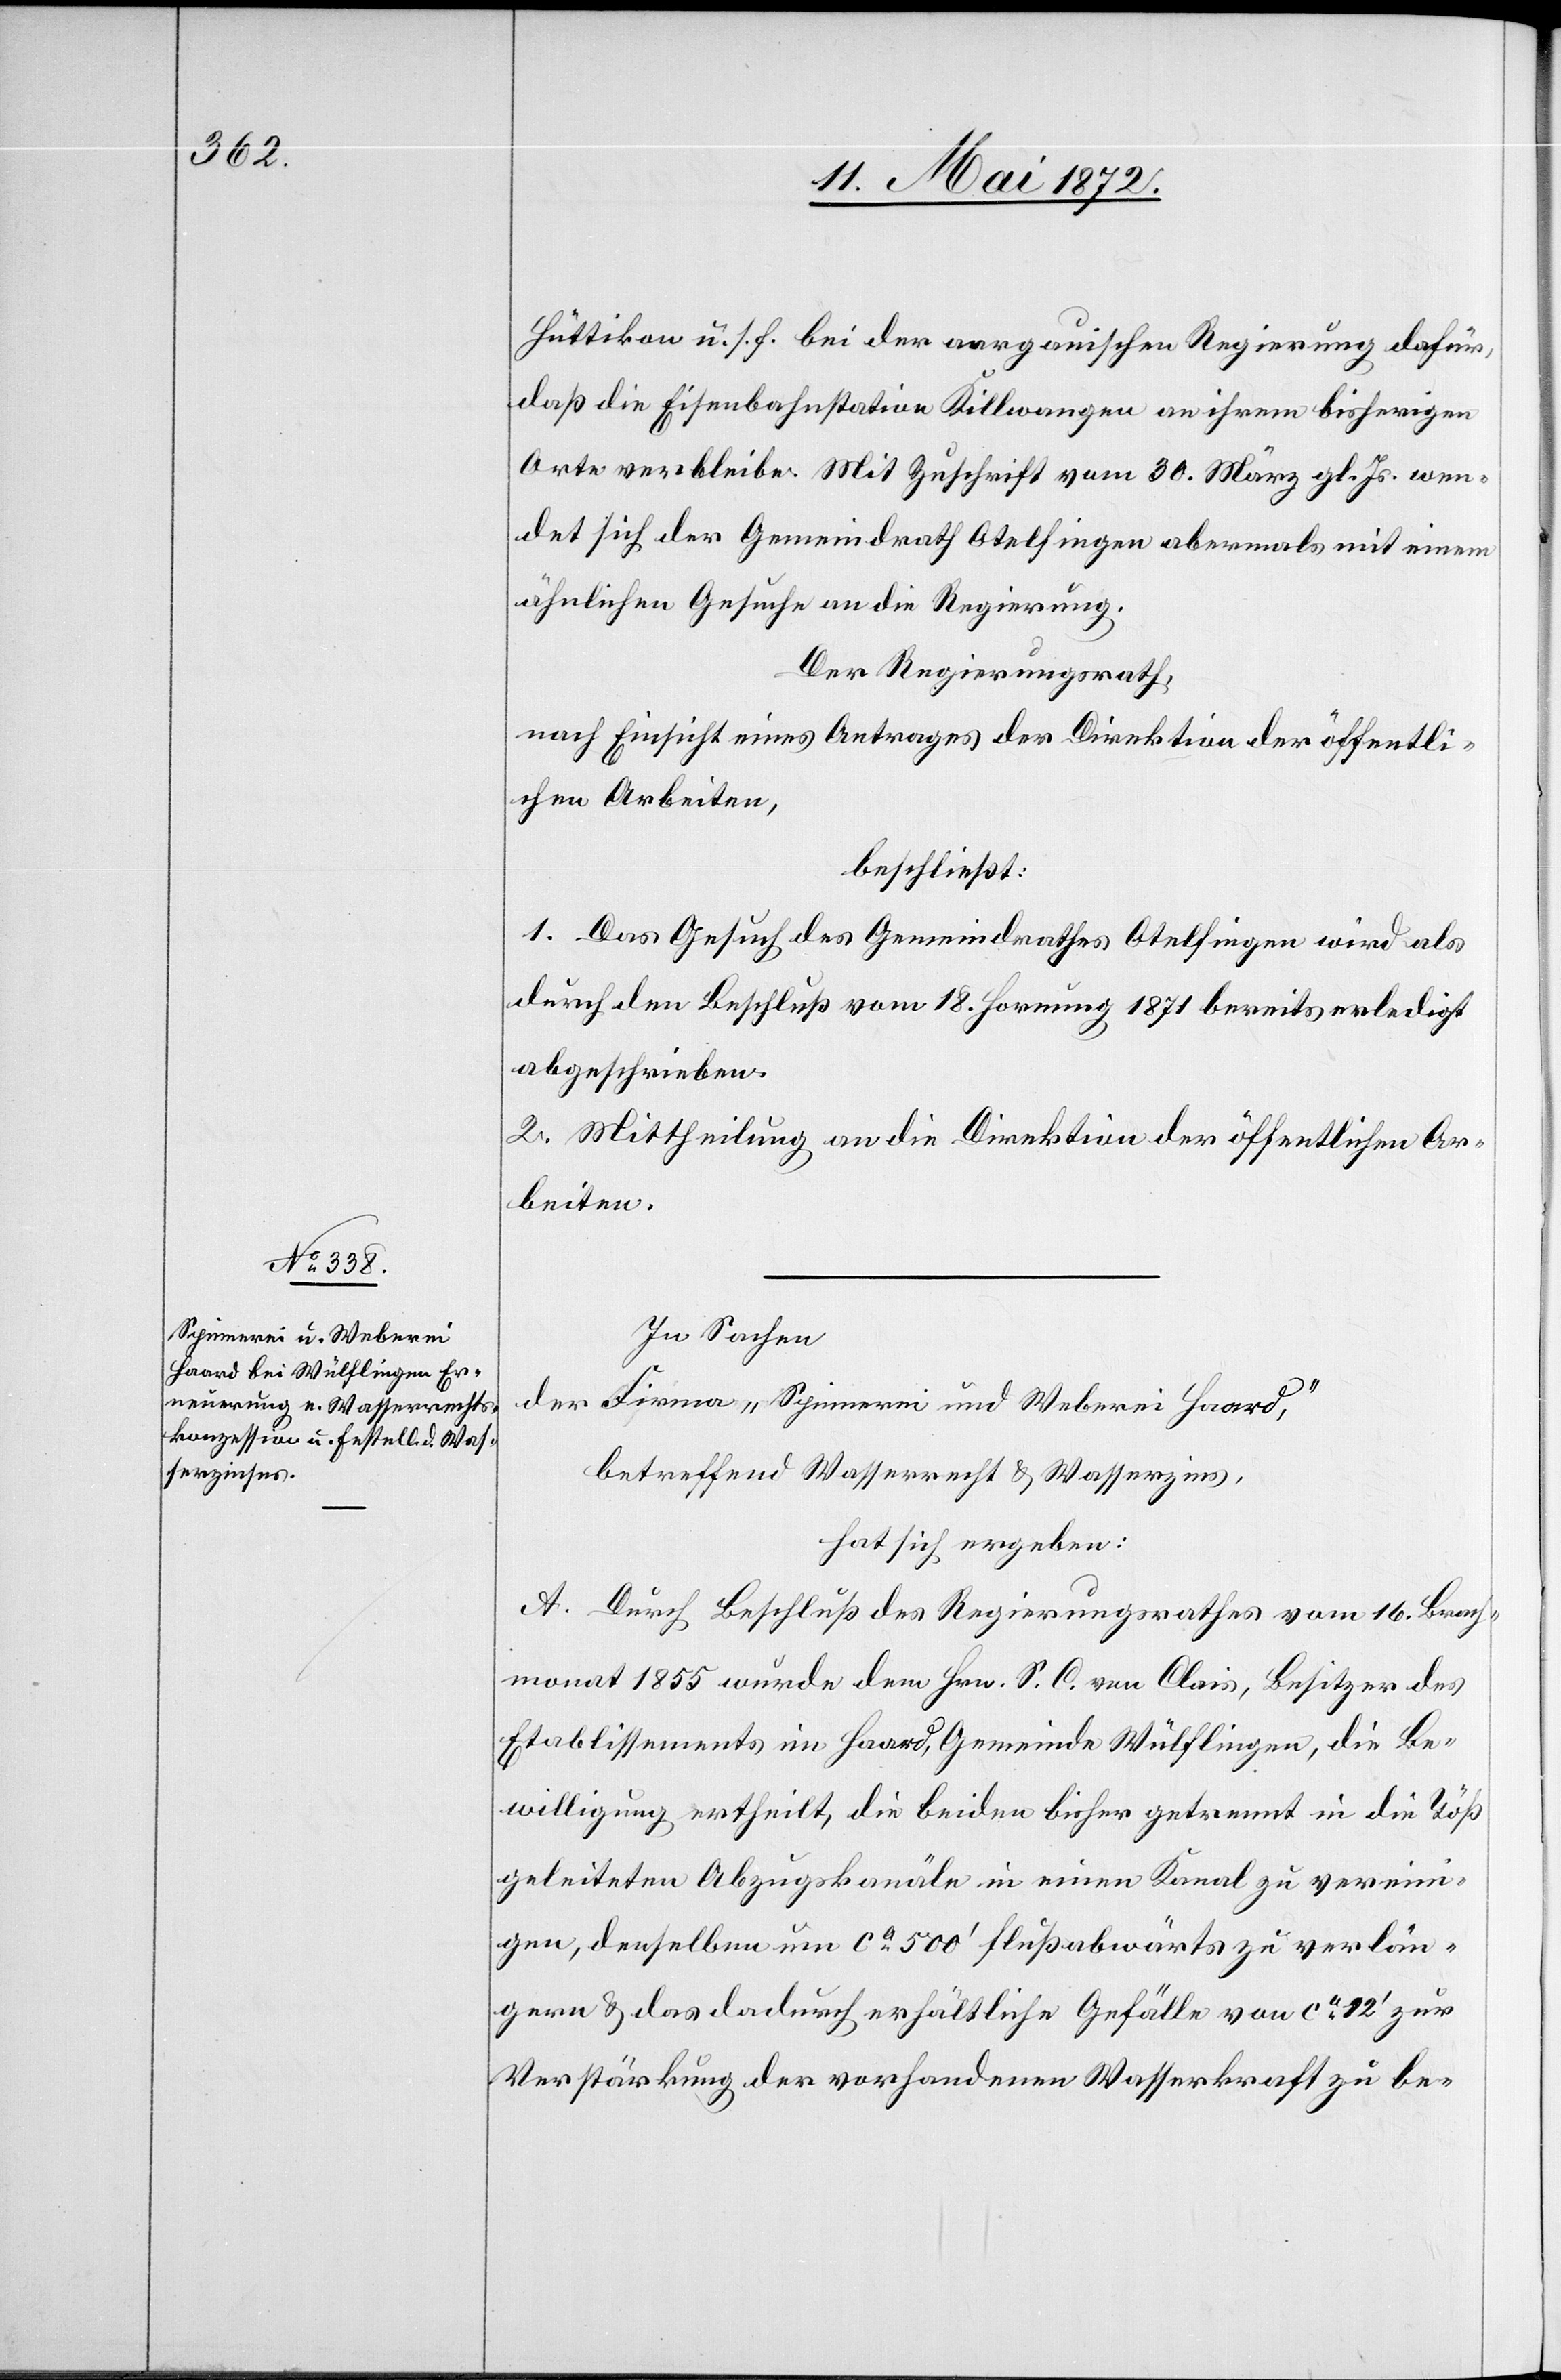
Hüttikon u. s. f. bei der aargauischen Regierung dafür,
daß die Eisenbahnstation Killwangen an ihrem bisherigen
Orte verbleibe. Mit Zuschrift vom 30. März gl. Js. wen¬
det sich der Gemeindrath Otelfingen abermals mit einem
ähnlichen Gesuche an die Regierung.
Der Regierungsrath,
nach Einsicht eines Antrages der Direktion der öffentli¬
chen Arbeiten,
beschließt:
1. Das Gesuch des Gemeindrathes Otelfingen wird als
durch den Beschluß vom 18. Hornung 1871 bereits erledigt
abgeschrieben.
2. Mittheilung an die Direktion der öffentlichen Ar¬
beiten.
In Sachen
der Firma „Spinnerei und Weberei Haard,“
betreffend Wasserrecht u. Wasserzins,
hat sich ergeben:
A. Durch Beschluß des Regierungsrathes vom 16. Brach¬
monat 1855 wurde dem Hrn. S. C. von Clais, Besitzer des
Etablissements im Haard, Gemeinde Wülflingen, die Be¬
willigung ertheilt, die beiden bisher getrennt in die Töß
geleiteten Abzugskanäle in einen Kanal zu vereini¬
gen, denselben um ca 500’ flußabwärts zu verlän¬
gern u. das dadurch erhältliche Gefälle von ca 12’ zur
Verstärkung der vorhandenen Wasserkraft zu be-